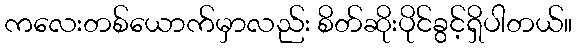
ကလေးတစ်ယောက်မှာလည်း စိတ်ဆိုးပိုင်ခွင့်ရှိပါတယ်။